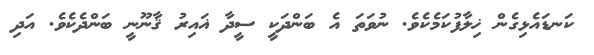
ކަނޑައެޅިގެން ޚިލާފުކަމެކެވެ. ނުވަތަ އެ ބަންދަކީ ސީދާ ޣައިރު ޤާނޫނީ ބަންދެކެވެ. އަދި